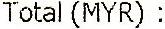
TOTAL (MYR) :